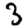
Digit: 3